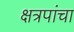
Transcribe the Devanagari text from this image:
क्षत्रपांचा